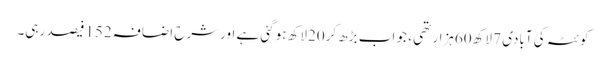
کوئٹہ کی آبادی 7 لاکھ60ہزار تھی ، جو اب بڑھ کر20لاکھ ہوگئی ہے اورشرح اضافہ 152فیصد رہی۔